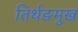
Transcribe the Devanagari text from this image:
तिर्थङमुख